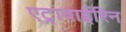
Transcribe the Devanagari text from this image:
एट्रावाईरिन